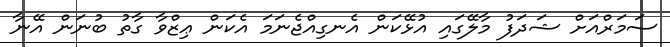
ސަމަރްއަށް ޝަދަފު މާލޭގައި އުޅޭކަން އެނގިއްޖެނަމަ އެކަން ޢިޒްވާ ގާތު ބުނަން އޭނާ